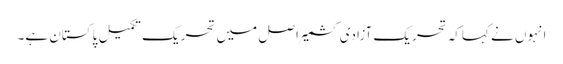
انہوں نے کہاکہ تحریک آزادی کشمیر اصل میں تحریک تکمیل پاکستان ہے۔